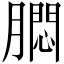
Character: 𬛗